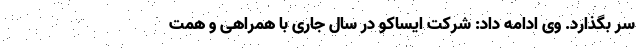
سر بگذارد. وی ادامه داد: شرکت ایساکو در سال جاری با همراهی و همت